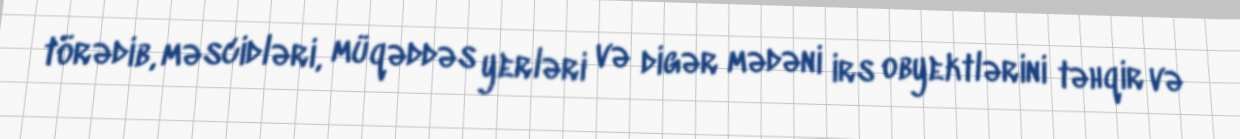
törədib, məscidləri, müqəddəs yerləri və digər mədəni irs obyektlərini təhqir və